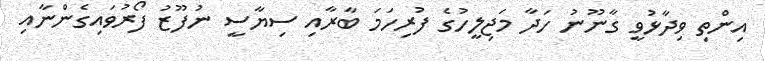
އިންތި ވިދާޅުވީ ގާނޫނު ހަދާ މަޖިލީހުގެ ފުރިހަމަ ބާރާއި ސިޔާސީ ނުފޫޒު ފޯރުވައިގެންނާއި